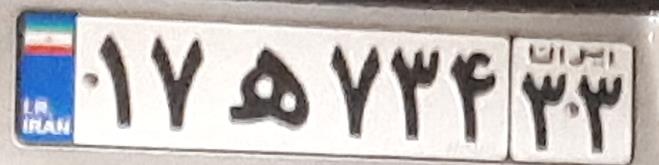
۱۷ه۷۳۴۳۳